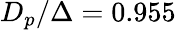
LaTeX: D_{p}/\Delta=0.955